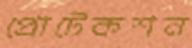
প্রোটেকশন